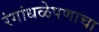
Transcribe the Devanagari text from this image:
रंगांधळेपणाचा